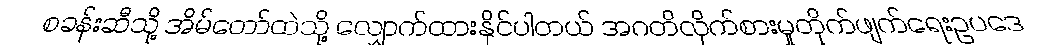
စခန်းဆီသို့ အိမ်တော်ထဲသို့ လျှောက်ထားနိုင်ပါတယ် အဂတိလိုက်စားမှုတိုက်ဖျက်ရေးဥပဒေ